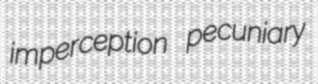
imperception pecuniary